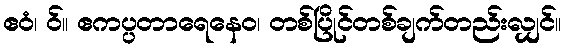
ဧဝံ၊ ဝ်။ ဧကပ္ပတာရေနေဝ၊ တစ်ပြိုင်တစ်ချက်တည်းလျှင်။